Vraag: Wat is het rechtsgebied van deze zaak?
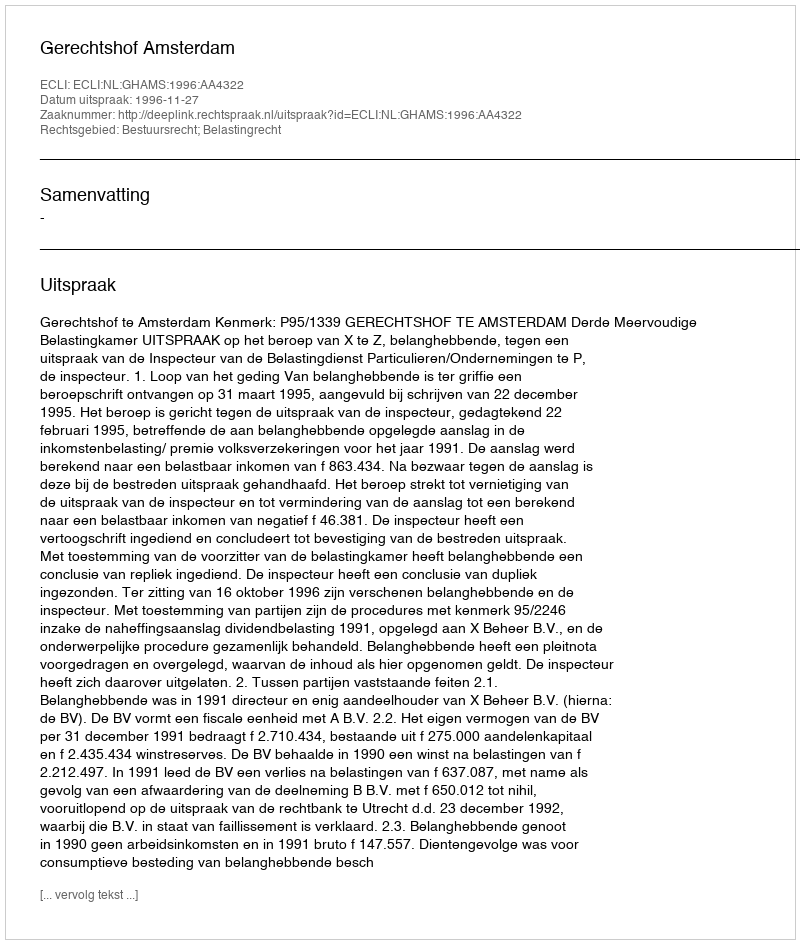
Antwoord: Bestuursrecht; Belastingrecht